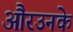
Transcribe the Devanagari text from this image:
औरउनके